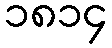
၁၈၁၄